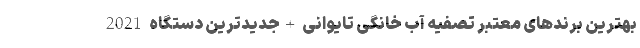
بهترین برندهای معتبر تصفیه آب خانگی تایوانی +جدیدترین دستگاه 2021